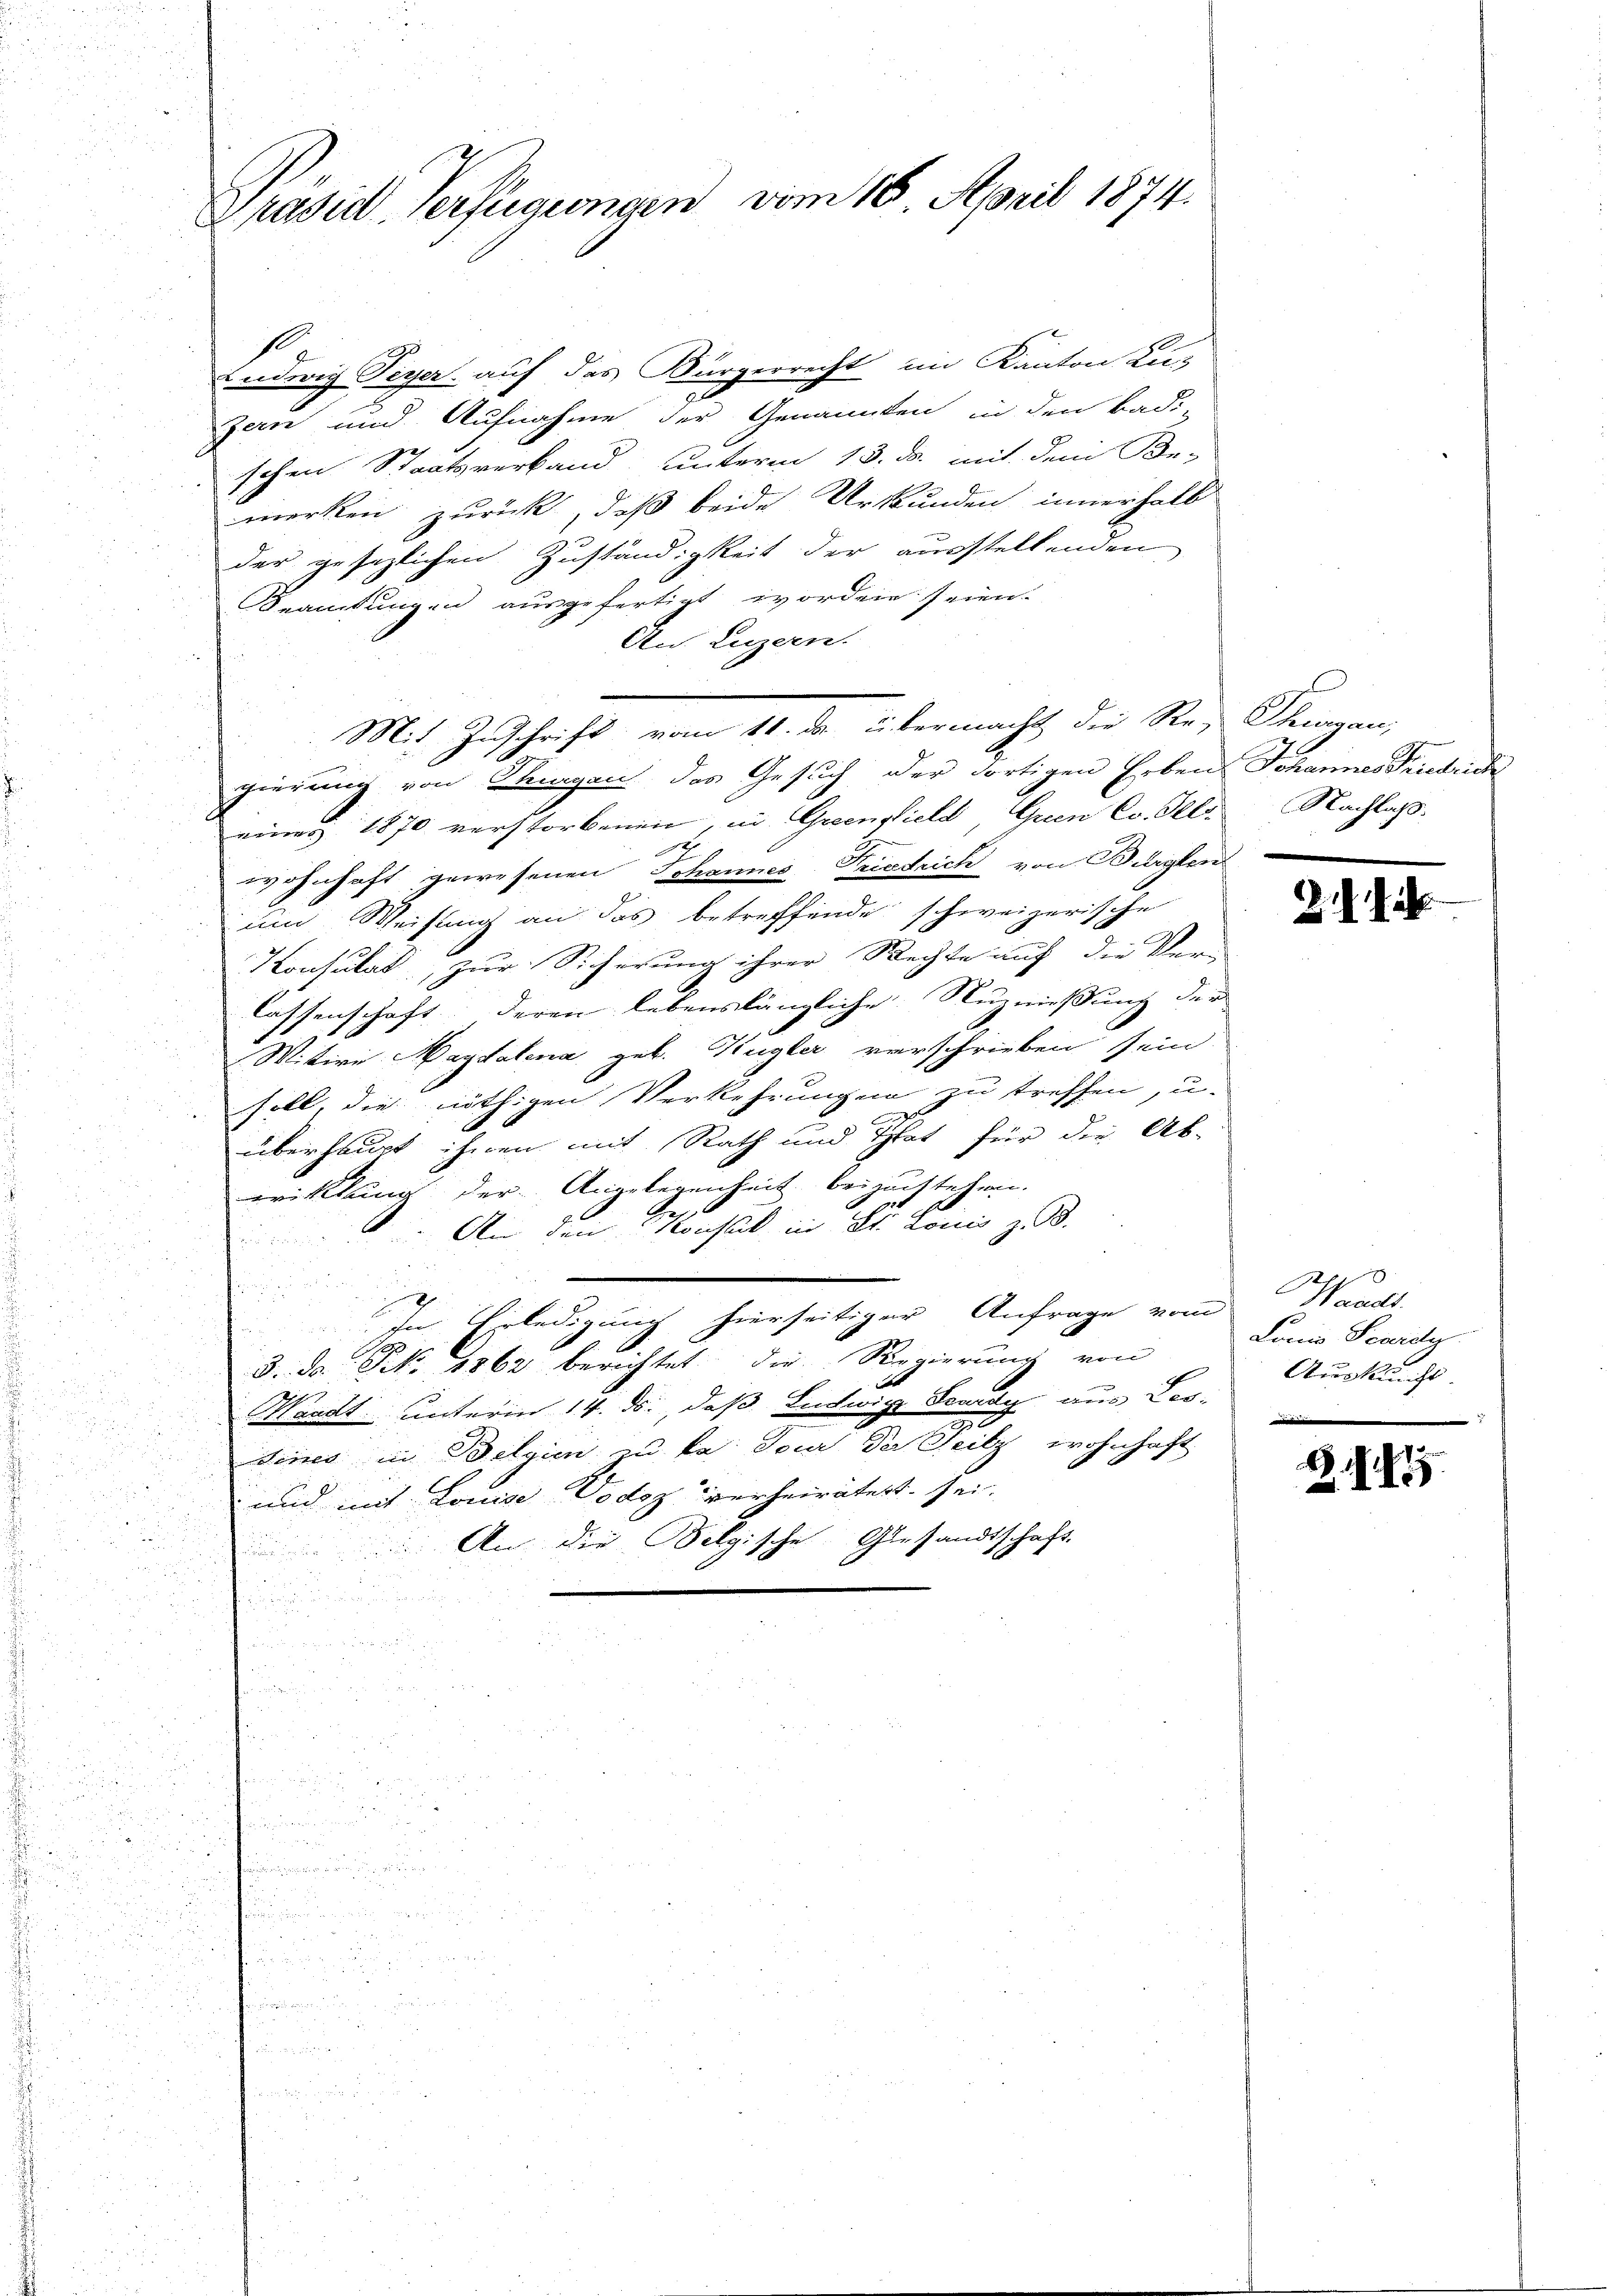
Präsid. Verfügungen vom 16. April 1874.

Ludwig Peyer auf das Bürgerrecht im Kanton Lu¬
Zern und Aufnahme der Genannten in den Badi-
schen Staatsverband, unterm 13. ds. mit dem Be-
merken zurück, daß beide Urkunden innerhalb
der gesezlichen Zuständigkeit der ausstellenden
Beamtungen ausgefertigt worden seien.
An Luzern.
gierung von Thurgau das Gesuch der dortigen Erben Johannes Friedrich
eines 1870 verstorbenen, in Greenstield Orien Co. Fels. Nachlaß.
x
wohnhaft gewesenen Johannes Triestrich von Bürglen
um Weisung an das betreffende schweizerische
Konsulat, zur Sicherung ihrer Rechte auf die Ver-
lassenschaft deren lebenslängliche Nummessung der
Mittwe Magdalena geb. Kugler verschrieben sein.
soll, die nöthigen Verkehrungen zu treffen, u.
xx
überhaupt ihnen mit Rath und That für die Ab-
writtlung der Angelegenheit beizustehen.
. An den Konsul in St. Louis z. B.

i

In Erledigung hierseitiger Anfrage vom Waadt,
.
s
3. da NNo. 1862 berichtet die Regierung von

h
Mardt unterm 14. ds., daß Ludwige Serey aus Los-

dines in Belgien zu ka. Tour der Seitz wohnhaft
n
5
und mit Louise Dodoz verheiratet sei-
 2

sche Gesandtschaft.
An die Belgis-
e

a

Mit Zuschrift vom 11. ds. übermacht die Re- Thurgau,

.

Lonio Seidg.
Auskunft.

.